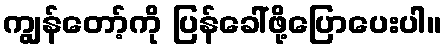
ကျွန်တော့်ကို ပြန်ခေါ်ဖို့ပြောပေးပါ။